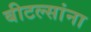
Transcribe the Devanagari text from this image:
बीटल्सांना